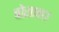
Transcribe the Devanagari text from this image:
बोसान।